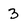
Character: 3